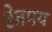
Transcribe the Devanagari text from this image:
रेतमय